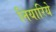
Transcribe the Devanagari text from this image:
नियारिये